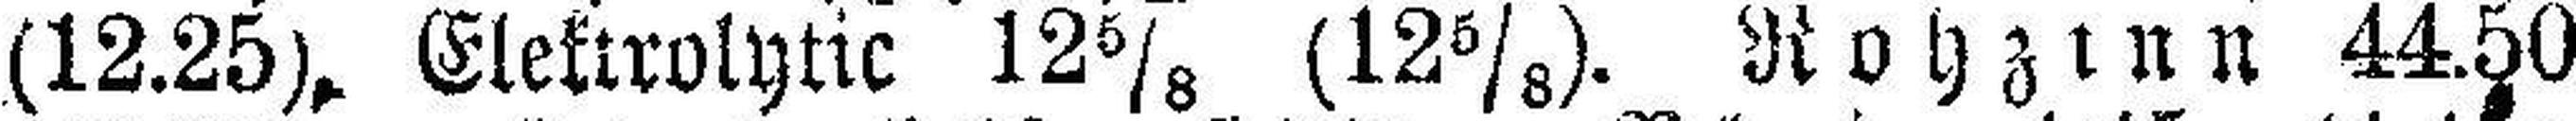
(12.25), Elektrolytic 12⅝ (12⅝). Rohzinn 44.50